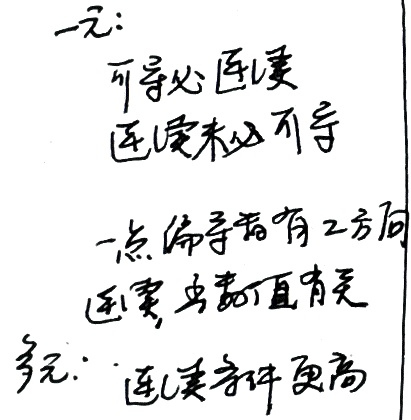
一元函数：可导必连续，连续未必可导，一点偏导数有方向，连续与数值有关。
多元函数：连续条件更高 。